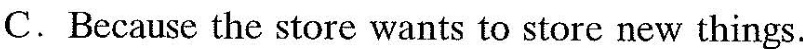
C.Because the store wants to store new things.